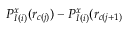
P _ { I ( i ) } ^ { x } ( r _ { c ( j ) } ) - P _ { I ( i ) } ^ { x } ( r _ { c ( j + 1 ) }